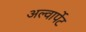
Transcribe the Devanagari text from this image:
अल्वार्पेट